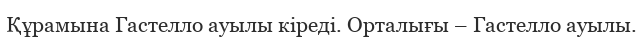
Құрамына Гастелло ауылы кіреді. Орталығы – Гастелло ауылы.